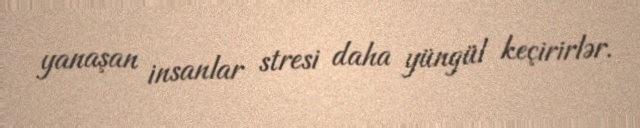
yanaşan insanlar stresi daha yüngül keçirirlər.